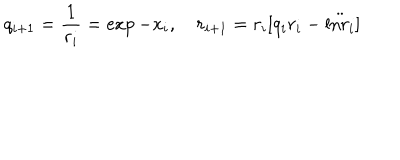
LaTeX: q _ { i + 1 } = { \frac { 1 } { r _ { i } } } = \exp - x _ { i } , \quad r _ { i + 1 } = r _ { i } [ q _ { i } r _ { i } - \ddot { \mathrm { l n } r _ { i } } ]